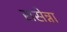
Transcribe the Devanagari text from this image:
रासेन्ना